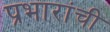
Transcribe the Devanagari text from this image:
प्रभारांची